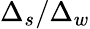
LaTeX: \Delta_{s}/\Delta_{w}